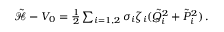
\begin{array} { r } { \tilde { { \mathcal { H } } } - V _ { 0 } = \frac { 1 } { 2 } \sum _ { i = 1 , 2 } \sigma _ { i } \zeta _ { i } ( \tilde { Q } _ { i } ^ { 2 } + \tilde { P } _ { i } ^ { 2 } ) \, . } \end{array}